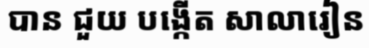
បាន ជួយ បង្កើត សាលារៀន